Report on vaccination in Madras 1922-1929 - 1922-1929
Year: 1922
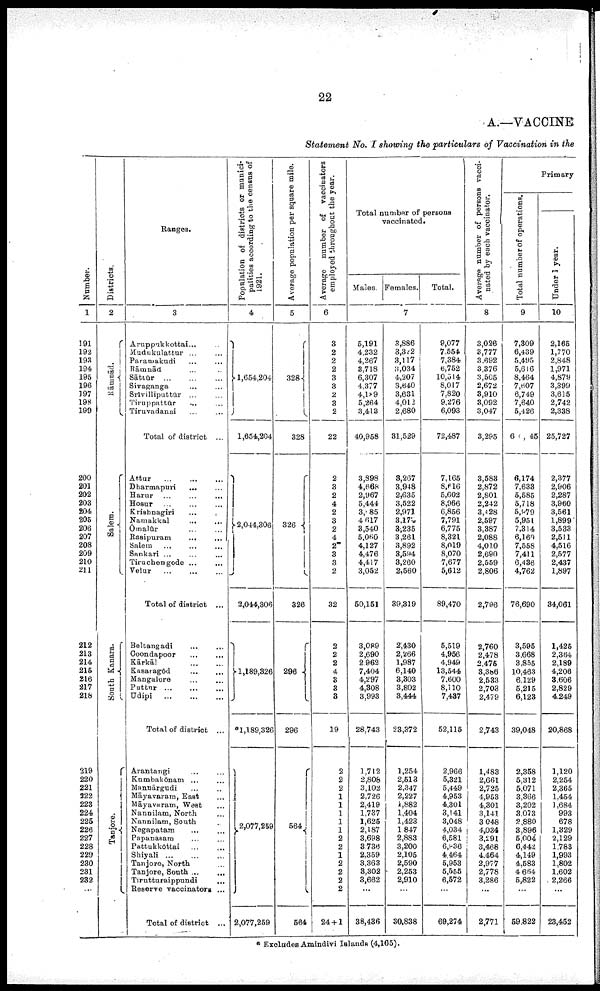
22
A.—VACCINE
Statement No. I showing the particulars of Vaccination in the
Number.
1
191
192
193
194
195
196
197
198
199
200
201
202
203
204
205
206
207
208
209
210
211
212
213
214
215
216
217
218
219
220
221
222
223
224
225
226
227
228
229
230
231
232
...
Districts.
2
Rāmnād.
Salem.
South Kanara.
Tanjore.
Ranges.
3
Aruppukkottai... ...
Mudukulattur ... ...
Paramakudi ... ...
Rāmnād ... ...
Sāttūr
...
...
...
Sivaganga ... ...
Srīvilliputtur ... ...
Tiruppattūr ... ...
Tiruvadanai ... ...
Total of district ...
Attur ... ... ...
Dharmapuri
... ...
Harur ... ... ...
Hosur ... ... ...
Krishnagiri ...
Namakkal
...
...
Ōmalūr ... ...
Rasipuram
...
...
Salem ... ... ...
Sankari ... ... ...
Tiruchengode ...
...
Velur
...
...
...
Total of district ...
Beltangadi ... ...
Coondapoor ... ...
Kārkāl
...
...
Kasaragōd
...
...
Mangalore
...
...
Puttur
...
...
...
Udipi
...
...
...
Total of district ...
Arantangi ... ...
Kumbakōnam ... ...
Mannārgudi ... ...
Māyavaram, East ...
Māyavaram, West ...
Nannilam, North ...
Nannilam, South ...
Negapatam ... ...
Papanasam ... ...
Pattukkōttai ... ...
Shiyali ... ... ...
Tanjore, North ...
Tanjore, South ... ...
Tirutturaippundi ...
Reserve vaccinators ...
Total of district ...
Population of districts or munici
palities according to the census of
1921.
4
1,654,204
1,654,204
2,044,306
2,044,306
1,189,326
*1,189,326
2,077,259
2,077,259
Average population per square mile.
5
328
328
326
326
296
296
564
564
Average number of vaccinators
employed throughout the year.
6
3
2
2
2
3
3
2
3
2
22
2
3
2
4
2
3
2
4
2
3
3
2
32
2
2
2
4
3
3
3
19
2
2
2
1
1
1
1
1
2
2
1
2
2
2
2
24 + 1
Total number of persons
vaccinated.
Males. Females.
Total.
7
5,191
4,232
4,267
3,718
6,307
4,377
4,l89
5,264
3,413
40,958
3,898
4,668
2,967
5,444
3,085
4 617
3,540
5,060
4,127
4,476
4,417
3,052
50,151
3,089
2,690
2,962
7,404
4,297
4,308
3,993
28,743
1,712
2,808
3,102
2,726
2,419
1,737
1,625
2,187
3,698
3,736
2,359
3,363
3,302
3,662
...
38,436
3,886
3,322
3,117
3,034
4,207
3,640
3,631
4,012
2,680
31,529
3,267
3,948
2,635
3,522
2,971
3,170
3,235
3,261
3,892
3,594
3,260
2,560
39,319
2,430
2,266
1,987
6,140
3,303
3,802
3,444
23,372
1,254
2,513
2,347
2,227
1,882
1,404
1,423
1,847
2,883
3,200
2,105
2,590
2,253
2,910
...
30,838
9,077
7,554
7,384
6,752
10,514
8,017
7,820
9,276
6,093
72,487
7,165
8,616
5,602
8,966
6,856
7,791
6,775
8,321
8,019
8,070
7,677
5,612
89,470
5,519
4,956
4,949
13,544
7,600
8,110
7,437
52,115
2,966
5,321
5,449
4,953
4,301
3,141
3,048
4,034
6,581
6,936
4,464
5,953
5,555
6,572
...
69,274
Average number of persons vacci
nated by each vaccinator.
8
3,026
3,777
3,692
3,376
3,505
2,672
3,910
3,092
3,047
3,295
3,583
2,872
2,801
2,242
3,428
2,597
3,387
2,088
4,010
2,690
2,559
2,806
2,796
2,760
2,478
2,475
3,386
2,533
2,703
2,479
2,743
1,483
2,661
2,725
4,953
4,301
3,141
3,048
4,034
3,291
3,468
4,464
2,977
2,778
3,286
...
2,771
Primary
Total number of operations.
9
7,309
6,439
5,495
5,616
8,464
7,607
6,749
7,640
5,426
60,045
6,174
7,633
5,585
6,718
5,979
5,951
7,314
6,160
7,558
7,411
6,436
4,762
76,690
3,595
3,668
3,855
10,463
6,129
5,215
6,123
39,048
2,358
5,312
5,071
3,366
3,202
3,073
2,880
3,896
5,004
6,442
4,149
4,583
4,664
5,822
...
59,822
Under 1 year.
10
2,165
1,770
2,848
1,971
4,879
3,399
3,615
2,742
2,338
25,727
2,377
2,906
2,287
3,960
3,561
1,899
3,533
2,511
4,516
2,577
2,437
1,897
34,061
1,425
2,364
2,189
4,206
3,606
2,829
4,249
20,868
1,120
2,254
2,365
1,454
1,684
993
678
1,329
2,129
1,783
1,993
1,802
1,602
2,266
...
23,452
* Excludes Amindivi Islands (4,165).